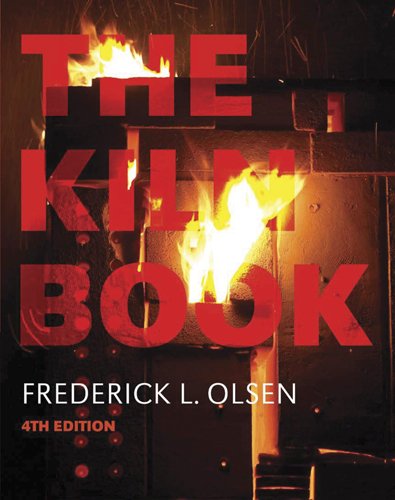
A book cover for The Kiln Book; Frederick L. Olsen; Crafts, Hobbies & Home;